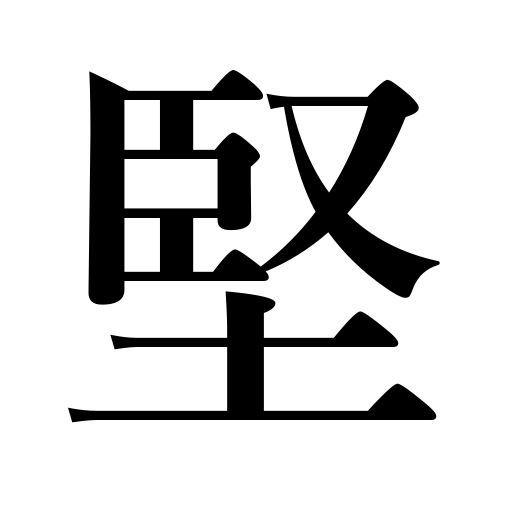
Meanings: bookish,solid,tough,hard,rigid,constant,tight,steady,firm,strict,classical,stiff,safe,chaste,upright,reliable,stubborn